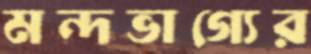
মন্দভাগ্যের